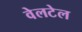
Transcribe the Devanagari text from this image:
वेलटेल